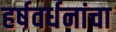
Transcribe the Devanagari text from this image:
हर्षवर्धनांचा